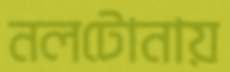
নলটোনায়